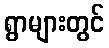
ရွာများတွင်